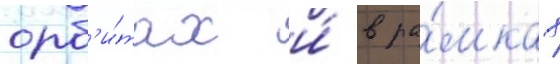
орб'и́тах и́ в ра́мках